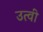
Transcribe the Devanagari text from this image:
उत्वी